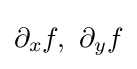
\partial _{x}f,\,\,\partial _{y}f